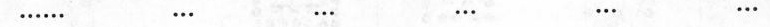
…… … … … … …